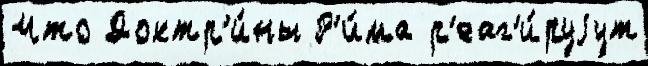
Что Доктр'и́ны Р'и́ма р'еаг'и́руjут